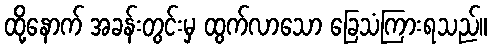
ထို့နောက် အခန်းတွင်းမှ ထွက်လာသော ခြေသံကြားရသည်။